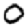
Digit: 0